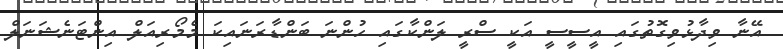
އޭނާ ވިދާޅުވިގޮތުގައި އީސީސީ އަކީ ސްރީ ލަންކާގައި ހުންނަ ބަންޑާރަނައިކަ މެމޯރިއަލް އިންޓަނެޝަނަލް